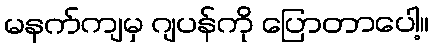
မနက်ကျမှ ဂျပန်ကို ပြောတာပေါ့။